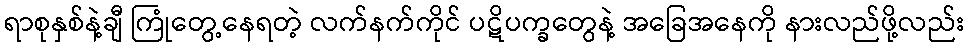
ရာစုနှစ်နဲ့ချီ ကြုံတွေ့နေရတဲ့ လက်နက်ကိုင် ပဋိပက္ခတွေနဲ့ အခြေအနေကို နားလည်ဖို့လည်း